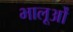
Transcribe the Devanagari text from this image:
भालूओंं